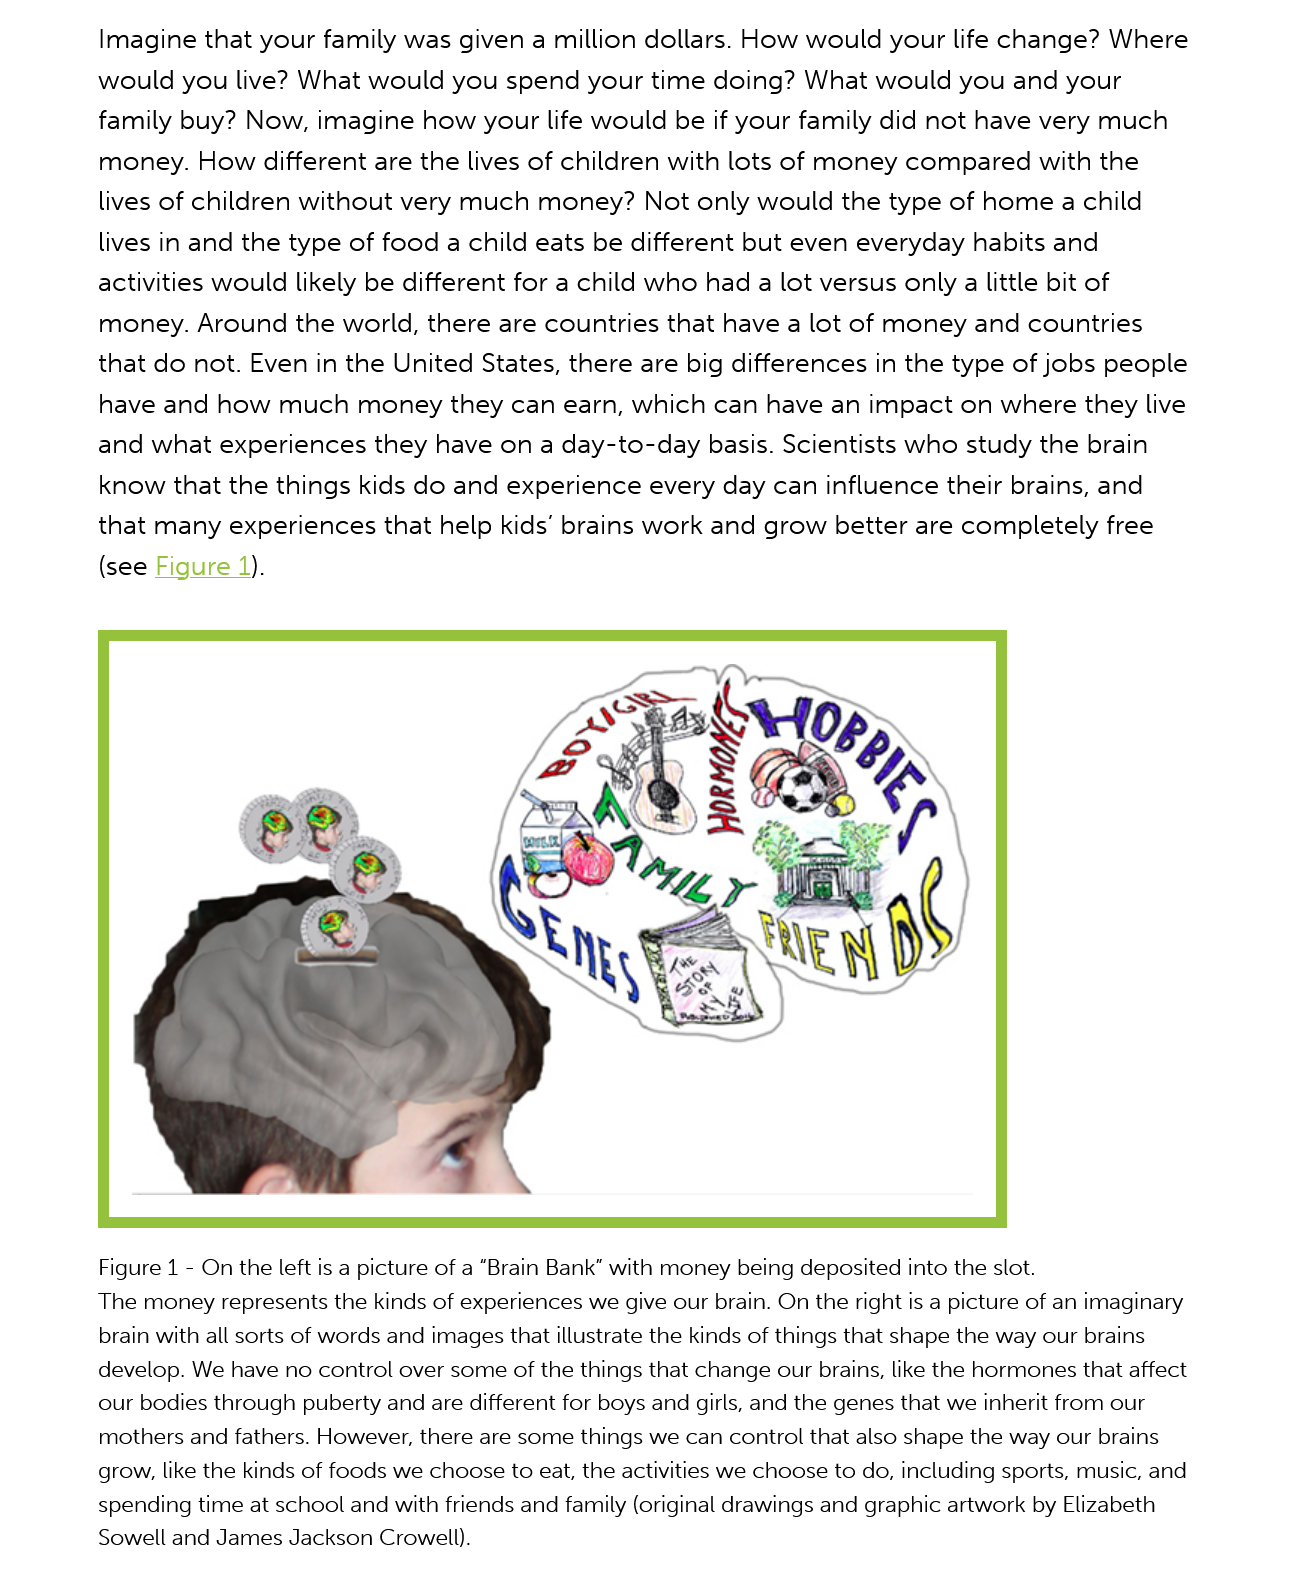
Imagine that your family was given a million dollars. How would your life change? Wher
     would you live? What  would  you spend  your time doing? What  would  you  and your
     family buy? Now, imagine  how  your life would be if your family did not have very much
     money.  How different are the lives of children with lots of money compared  with the
     lives of children without very much money?  Not  only would  the type of home  a child
     lives in and the type of food a child eats be different but even everyday habits and
     activities would likely be different for a child who had a lot versus only
     a
     little bit of
     money.  Around  the world, there are countries that have a lot of money and countries
     that do not. Even in the United States, there are big differences in the type of jobs peop!
     have and how  much   money they  can  earn, which can have  an impact on  where they liv
     and what  experiences they have  on a day-to-day  basis. Scientists who study the brain
     know that the things kids do and experience  every day can influence their brains, and
     that many experiences  that help kids’ brains work and grow better are completely free
     (see Figure 1).
     The money represents the kinds of experiences we give our brain. On the right is a picture of an imaginary
     brain with all sorts of words and images that illustrate the kinds of things that shape the way our brains
     develop. We have no control over some of the things that change our brains, like the hormones that affect
     our bodies through puberty and are different for boys and girls, and the genes that we inherit from our
     mothers and fathers. However, there are some things we can control that also shape the way our brains
     grow, like the kinds of foods we choose to eat, the activities we choose to do, including sports, music, and
     spending time at school and with friends and family (original drawings and graphic artwork by Elizabeth
     Sowell and James Jackson Crowell).
     Figure 1
     -
     On the left is a picture of a “Brain Bank” with money being deposited into the slot.